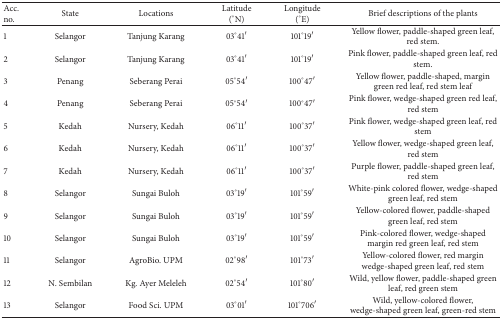
<table><thead><tr><td><b>Acc. no.</b></td><td><b>State</b></td><td><b>Locations</b></td><td><b>Latitude (°N)</b></td><td><b>Longitude (°E)</b></td><td><b>Brief descriptions of the plants</b></td></tr></thead><tbody><tr><td>1</td><td>Selangor</td><td>Tanjung Karang</td><td>03°41′</td><td>101°19′</td><td>Yellow flower, paddle-shaped green leaf, red stem.</td></tr><tr><td>2</td><td>Selangor</td><td>Tanjung Karang</td><td>03°41′</td><td>101°19′</td><td>Pink flower, paddle-shaped green leaf, red stem.</td></tr><tr><td>3</td><td>Penang</td><td>Seberang Perai</td><td>05°54′</td><td>100°47′</td><td>Yellow flower, paddle-shaped, margin green red leaf, red stem leaf</td></tr><tr><td>4</td><td>Penang</td><td>Seberang Perai</td><td>05°54′</td><td>100°47′</td><td>Pink flower, wedge-shaped green red leaf, red stem</td></tr><tr><td>5</td><td>Kedah</td><td>Nursery, Kedah</td><td>06°11′</td><td>100°37′</td><td>Pink flower, wedge-shaped green leaf, red stem</td></tr><tr><td>6</td><td>Kedah</td><td>Nursery, Kedah</td><td>06°11′</td><td>100°37′</td><td>Yellow flower, wedge-shaped green leaf, red stem</td></tr><tr><td>7</td><td>Kedah</td><td>Nursery, Kedah</td><td>06°11′</td><td>100°37′</td><td>Purple flower, paddle-shaped green leaf, red stem</td></tr><tr><td>8</td><td>Selangor</td><td>Sungai Buloh</td><td>03°19′</td><td>101°59′</td><td>White-pink colored flower, wedge-shaped green leaf, red stem</td></tr><tr><td>9</td><td>Selangor</td><td>Sungai Buloh</td><td>03°19′</td><td>101°59′</td><td>Yellow-colored flower, paddle-shaped green leaf, red stem</td></tr><tr><td>10</td><td>Selangor</td><td>Sungai Buloh</td><td>03°19′</td><td>101°59′</td><td>Pink-colored flower, wedge-shaped margin red green leaf, red stem</td></tr><tr><td>11</td><td>Selangor</td><td>AgroBio. UPM</td><td>02°98′</td><td>101°73′</td><td>Yellow-colored flower, red margin wedge-shaped green leaf, red stem</td></tr><tr><td>12</td><td>N. Sembilan</td><td>Kg. Ayer Meleleh</td><td>02°54′</td><td>101°80′</td><td>Wild, yellow flower, paddle-shaped green leaf, red green stem</td></tr><tr><td>13</td><td>Selangor</td><td>Food Sci. UPM</td><td>03°01′</td><td>101°706′</td><td>Wild, yellow-colored flower, wedge-shaped green leaf, green-red stem</td></tr></tbody></table>